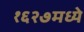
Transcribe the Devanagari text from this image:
१६२७मध्ये